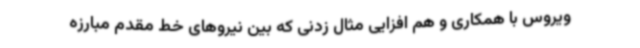
ویروس با همکاری و هم افزایی مثال زدنی که بین نیروهای خط مقدم مبارزه